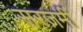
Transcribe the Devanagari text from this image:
सरज़मीं